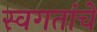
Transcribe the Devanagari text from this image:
स्वगतांचे